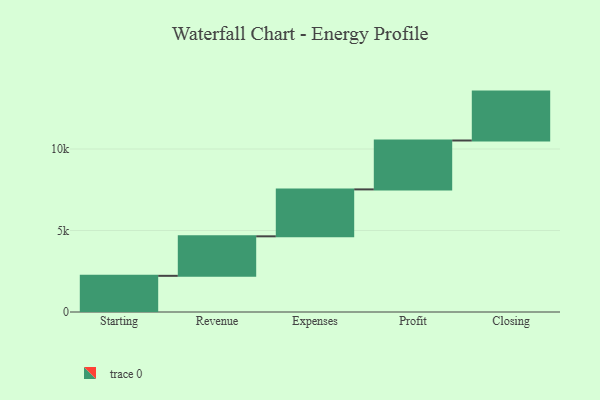
{"axis": {"x": "Step", "y": "Value"}, "legend": [""], "data": [{"x": "Starting", "y": 2219.0, "type": ""}, {"x": "Revenue", "y": 2424.0, "type": ""}, {"x": "Expenses", "y": 2878.0, "type": ""}, {"x": "Profit", "y": 3000, "type": ""}, {"x": "Closing", "y": 3000, "type": ""}]}